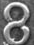
8